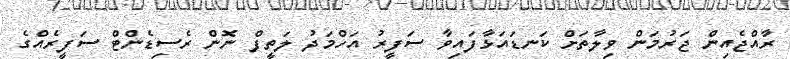
ރާއްޖެއިން ޖަރުމަން ވިލާތަށް ކަނޑައަޅާފައިވާ ސަފީރު އަހްމަދު ލަތީފް ނޮން ރެސިޑެންޓް ސަފީރެއްގެ